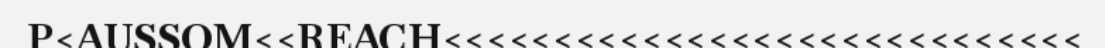
P<AUSSOM<<REACH<<<<<<<<<<<<<<<<<<<<<<<<<<<<<